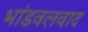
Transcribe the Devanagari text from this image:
भांडवलवाद